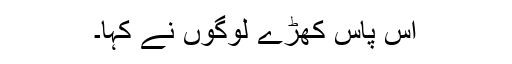
آس پاس کھڑے لوگوں نے کہا۔